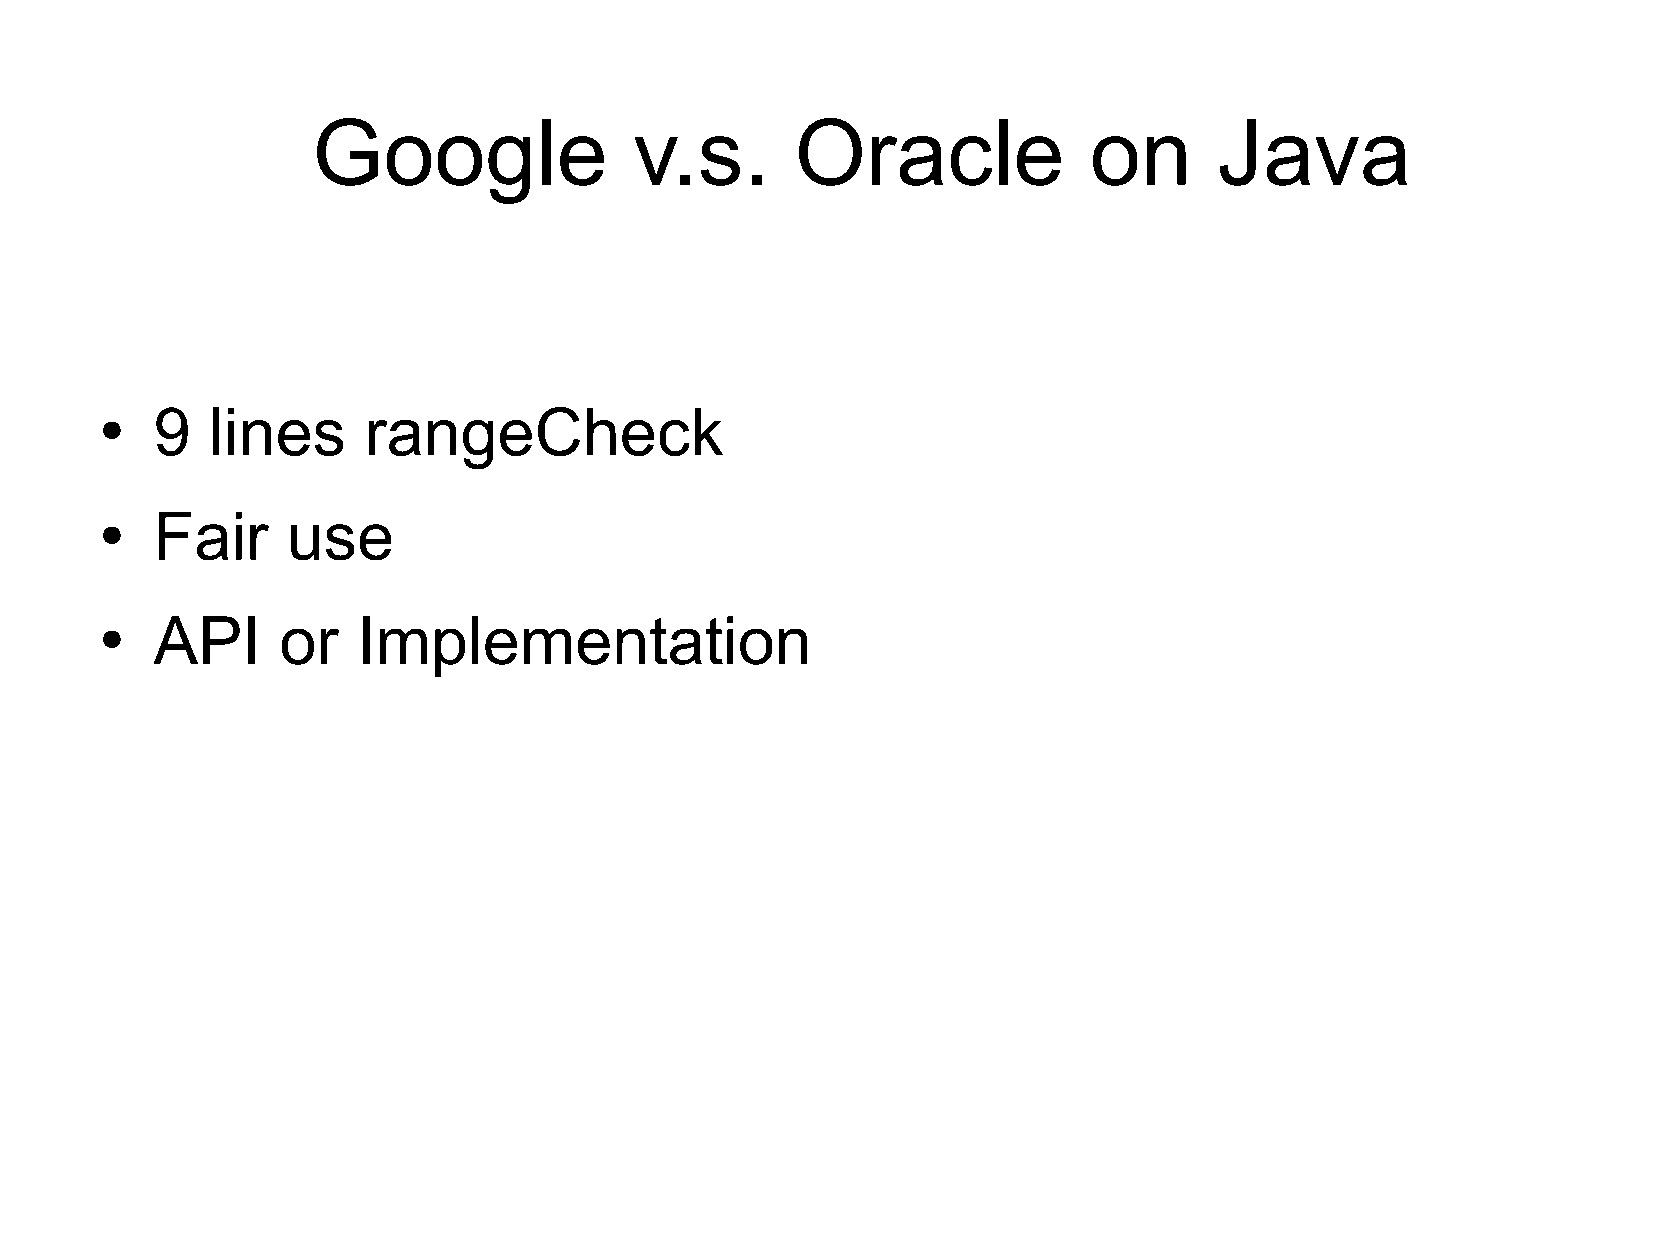
Google               v.s.       Oracle             on       Java
 9   lines     rangeCheck
 ●
 Fair     use
 ●
 API     or    Implementation
 ●